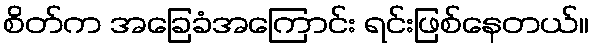
စိတ်က အခြေခံအကြောင်း ရင်းဖြစ်နေတယ်။